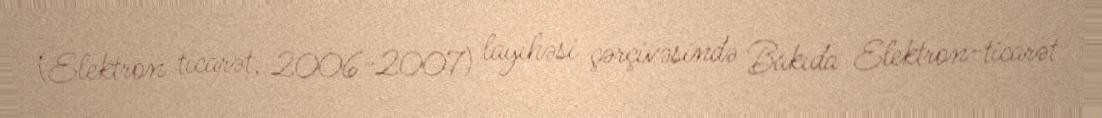
(Elektron ticarət, 2006-2007) layihəsi çərçivəsində Bakıda Elektron-ticarət